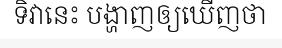
ទិវានេះ បង្ហាញឲ្យឃើញថា